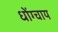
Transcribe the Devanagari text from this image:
धोंग्चाय